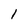
Character: 1